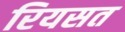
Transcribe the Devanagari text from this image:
रियसत